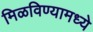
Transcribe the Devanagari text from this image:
मिळविण्यामध्ये